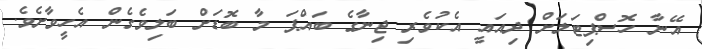
އޭނާ ހޮސްޕިޓަލަށް ދިއައީ އެކުވެރި ޖިނާގެ ބައްޕަ މާ ބޮޑަށް ބަލިވެގެން އެހީވާށެވެ.